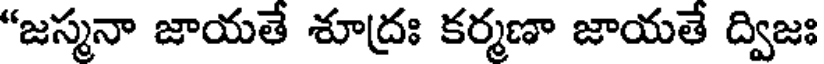
"జస్మనా జాయతే శూద్రః కర్మణా జాయతే ద్విజః